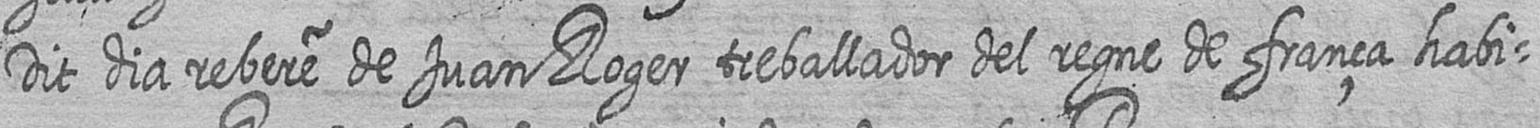
Dit dia rebere de Juan Roger treballador del regne de frança habi=